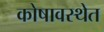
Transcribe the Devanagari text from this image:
कोषावस्थेत